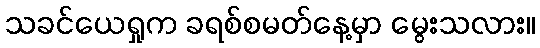
သခင်ယေရှုက ခရစ်စမတ်နေ့မှာ မွေးသလား။